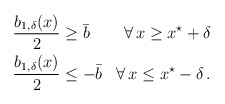
\begin{align*} \begin{aligned}\dfrac{b_{1,\delta}(x)}{2} &\geq \bar b &\forall \, x \geq x^\star + \delta\\\dfrac{b_{1,\delta}(x)}{2} &\leq - \bar b &\forall \, x \leq x^\star - \delta\,.\end{aligned} \end{align*}